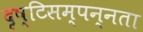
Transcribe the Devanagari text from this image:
दृष्टिसम्पन्नता